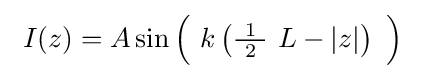
\ I(z)=A\sin {\Bigl (}\ k\left({\tfrac {\ 1\ }{2}}\ L-\left|z\right|\right)\ {\Bigr )}\